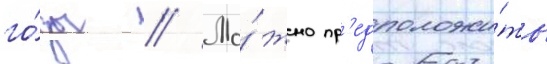
го́ды // Мо́жно пр'едположи́ть